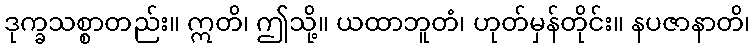
ဒုက္ခသစ္စာတည်း။ ဣတိ၊ ဤသို့။ ယထာဘူတံ၊ ဟုတ်မှန်တိုင်း။ နပဇာနာတိ၊